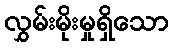
လွှမ်းမိုးမှုရှိသော